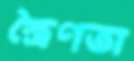
স্ত্রৈণতা